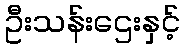
ဦးသန်းဌေးနှင့်